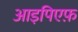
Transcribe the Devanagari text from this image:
आइपिएफ़